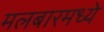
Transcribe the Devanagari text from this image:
मलबारमध्ये